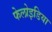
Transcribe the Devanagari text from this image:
फेलोइडिया